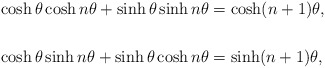
\begin{align*}\cosh\theta\cosh n\theta+\sinh\theta\sinh n\theta & =\cosh(n+1)\theta,\\& \\\cosh\theta\sinh n\theta+\sinh\theta\cosh n\theta & =\sinh(n+1)\theta,\end{align*}